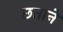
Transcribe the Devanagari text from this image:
छताने